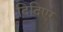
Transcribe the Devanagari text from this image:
दिदिएर